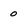
Character: 0